system: You are a helpful assistant.
user:
Analyze the provided spectrum to determine if it is a **White Dwarf (WD)**.

A White Dwarf spectrum is defined by its **extreme purity** (due to gravitational settling) and/or **extreme pressure broadening** (due to high surface gravity). You must check for one of the following mutually exclusive signatures:

- **Key Visual Indicators (Check for ONE of these types):**

    - **1. DA-Type Signature (Most Common):**
        - **(Primary Feature):** Extreme pressure broadening (Stark broadening) of the **Hydrogen (H) Balmer lines**.
        - **(Key Lines):** $H\beta$ (approx. $4861$ Å) and $H\gamma$ (approx. $4340$ Å). $H\alpha$ (approx. $6563$ Å) will also be present if the wavelength range covers it.
        - **(Line Profile):** This is the **defining feature**. The lines are **NOT** sharp. They appear as massive, **extremely broad and deep "troughs" or "dips"** in the spectrum, often hundreds of Ångströms wide. The continuum will appear to "scoop" down at these wavelengths.
        - **(Distinction):** Normal A-type or B-type stars have *narrow* and *sharp* Hydrogen lines. A DA White Dwarf's lines are unmistakably "smeared" or "blurry" from pressure.

    - **2. DB-Type Signature:**
        - **(Primary Feature):** Broad absorption lines from **Neutral Helium (He I)**. The spectrum must lack any visible Hydrogen lines.
        - **(Key Lines):** Look for broad absorption near $4471$ Å, $4921$ Å, and $5876$ Å.
        - **(Line Profile):** These lines are also significantly pressure-broadened, appearing much wider than they would in a normal B-type main-sequence star.

    - **3. DC-Type Signature:**
        - **(Primary Feature):** A **featureless continuous spectrum**.
        - **(Line Profile):** The spectrum is a smooth curve with **no significant absorption or emission lines**.
        - **(Key Confirmation):** The continuum is almost always **blue or white**, indicating a hot object. This signature implies the atmosphere is so pure (or so cool) that no spectral lines are visible in the optical range. Its WD identity is confirmed by its extremely low intrinsic brightness (high absolute magnitude).

    - **4. DZ-Type Signature (Metal-Polluted):**
        - **(Primary Feature):** **Isolated, narrow metal absorption lines** on an otherwise featureless (DC-like) continuum.
        - **(Key Lines):** The **Calcium (Ca II) H & K doublet** (approx. **$3934$ Å** and **$3968$ Å**) is the most common and defining feature.
        - **(Line Profile):** These lines are "out of place." They are *not* part of a "forest" of thousands of lines. This signature is evidence of recent *accretion* (pollution) from rocky debris.
        - **(Distinction):** Normal G/K/M stars have a *dense forest* of thousands of metal lines. A DZ has a *clean* continuum with *only a few* strong metal lines.

    - **5. DQ-Type Signature (Carbon-Polluted):**
        - **(Primary Feature):** Absorption bands from **Carbon (C₂ "Swan Bands" or atomic C I)**.
        - **(Key Lines - C₂):** Look for bandheads with a "saw-tooth" shape near $5635$ Å, **$5165$ Å** (strongest), and $4737$ Å.
        - **(Key Confirmation):** The underlying **continuum must be blue or white** (hot).
        - **(Distinction):** This is the critical difference from a **Carbon Star**, which has the *exact same* C₂ bands but on an extremely **red, cool** continuum.

- **(Overall Spectrum):**
    - The continuum (overall shape) is typically **blue-sloping** (brighter in the blue than the red), as most white dwarfs are very hot.
    - The spectrum will look "pure" or "simple," dominated by only *one* of the five signatures listed above.

Think first, call **spectral_visualization_tool** if needed to examine features in detail, then provide your final answer. Your response must adhere to the following strict rules:
1.  **Overall Structure:** Your response must follow the format `<think>...</think> <tool_call>...</tool_call> (if a tool is used) <answer>...</answer>`.
2.  **Tool Usage Constraint:** You may only make **one** tool call per turn.
3.  **Final Answer Format:** In the `<answer>` tag, your conclusion must be inside a `\boxed{}` command (e.g., `\boxed{YES}` or `\boxed{NO}`), followed by your justification.

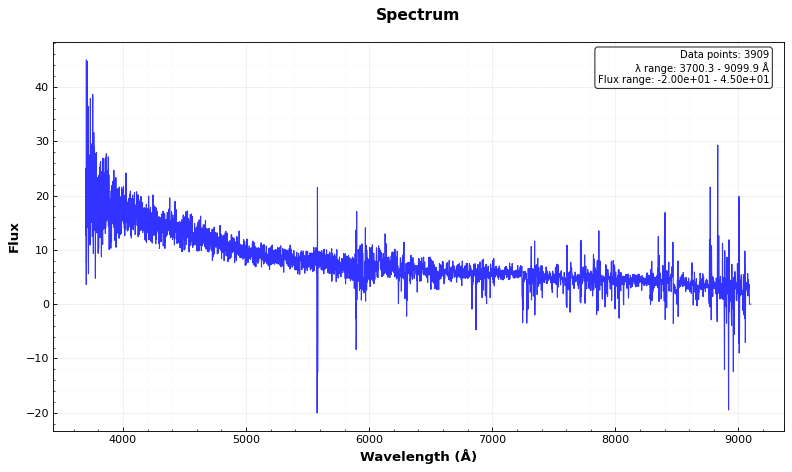
Answer: YES